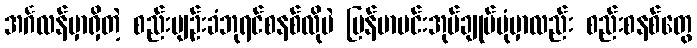
အင်္ဂလန်မှာရှိတဲ့ စည်းမျဉ်းခံဘုရင်စနစ်လိုပဲ မြန်မာမင်းအုပ်ချုပ်ပုံမှာလည်း စည်းစနစ်တွေ